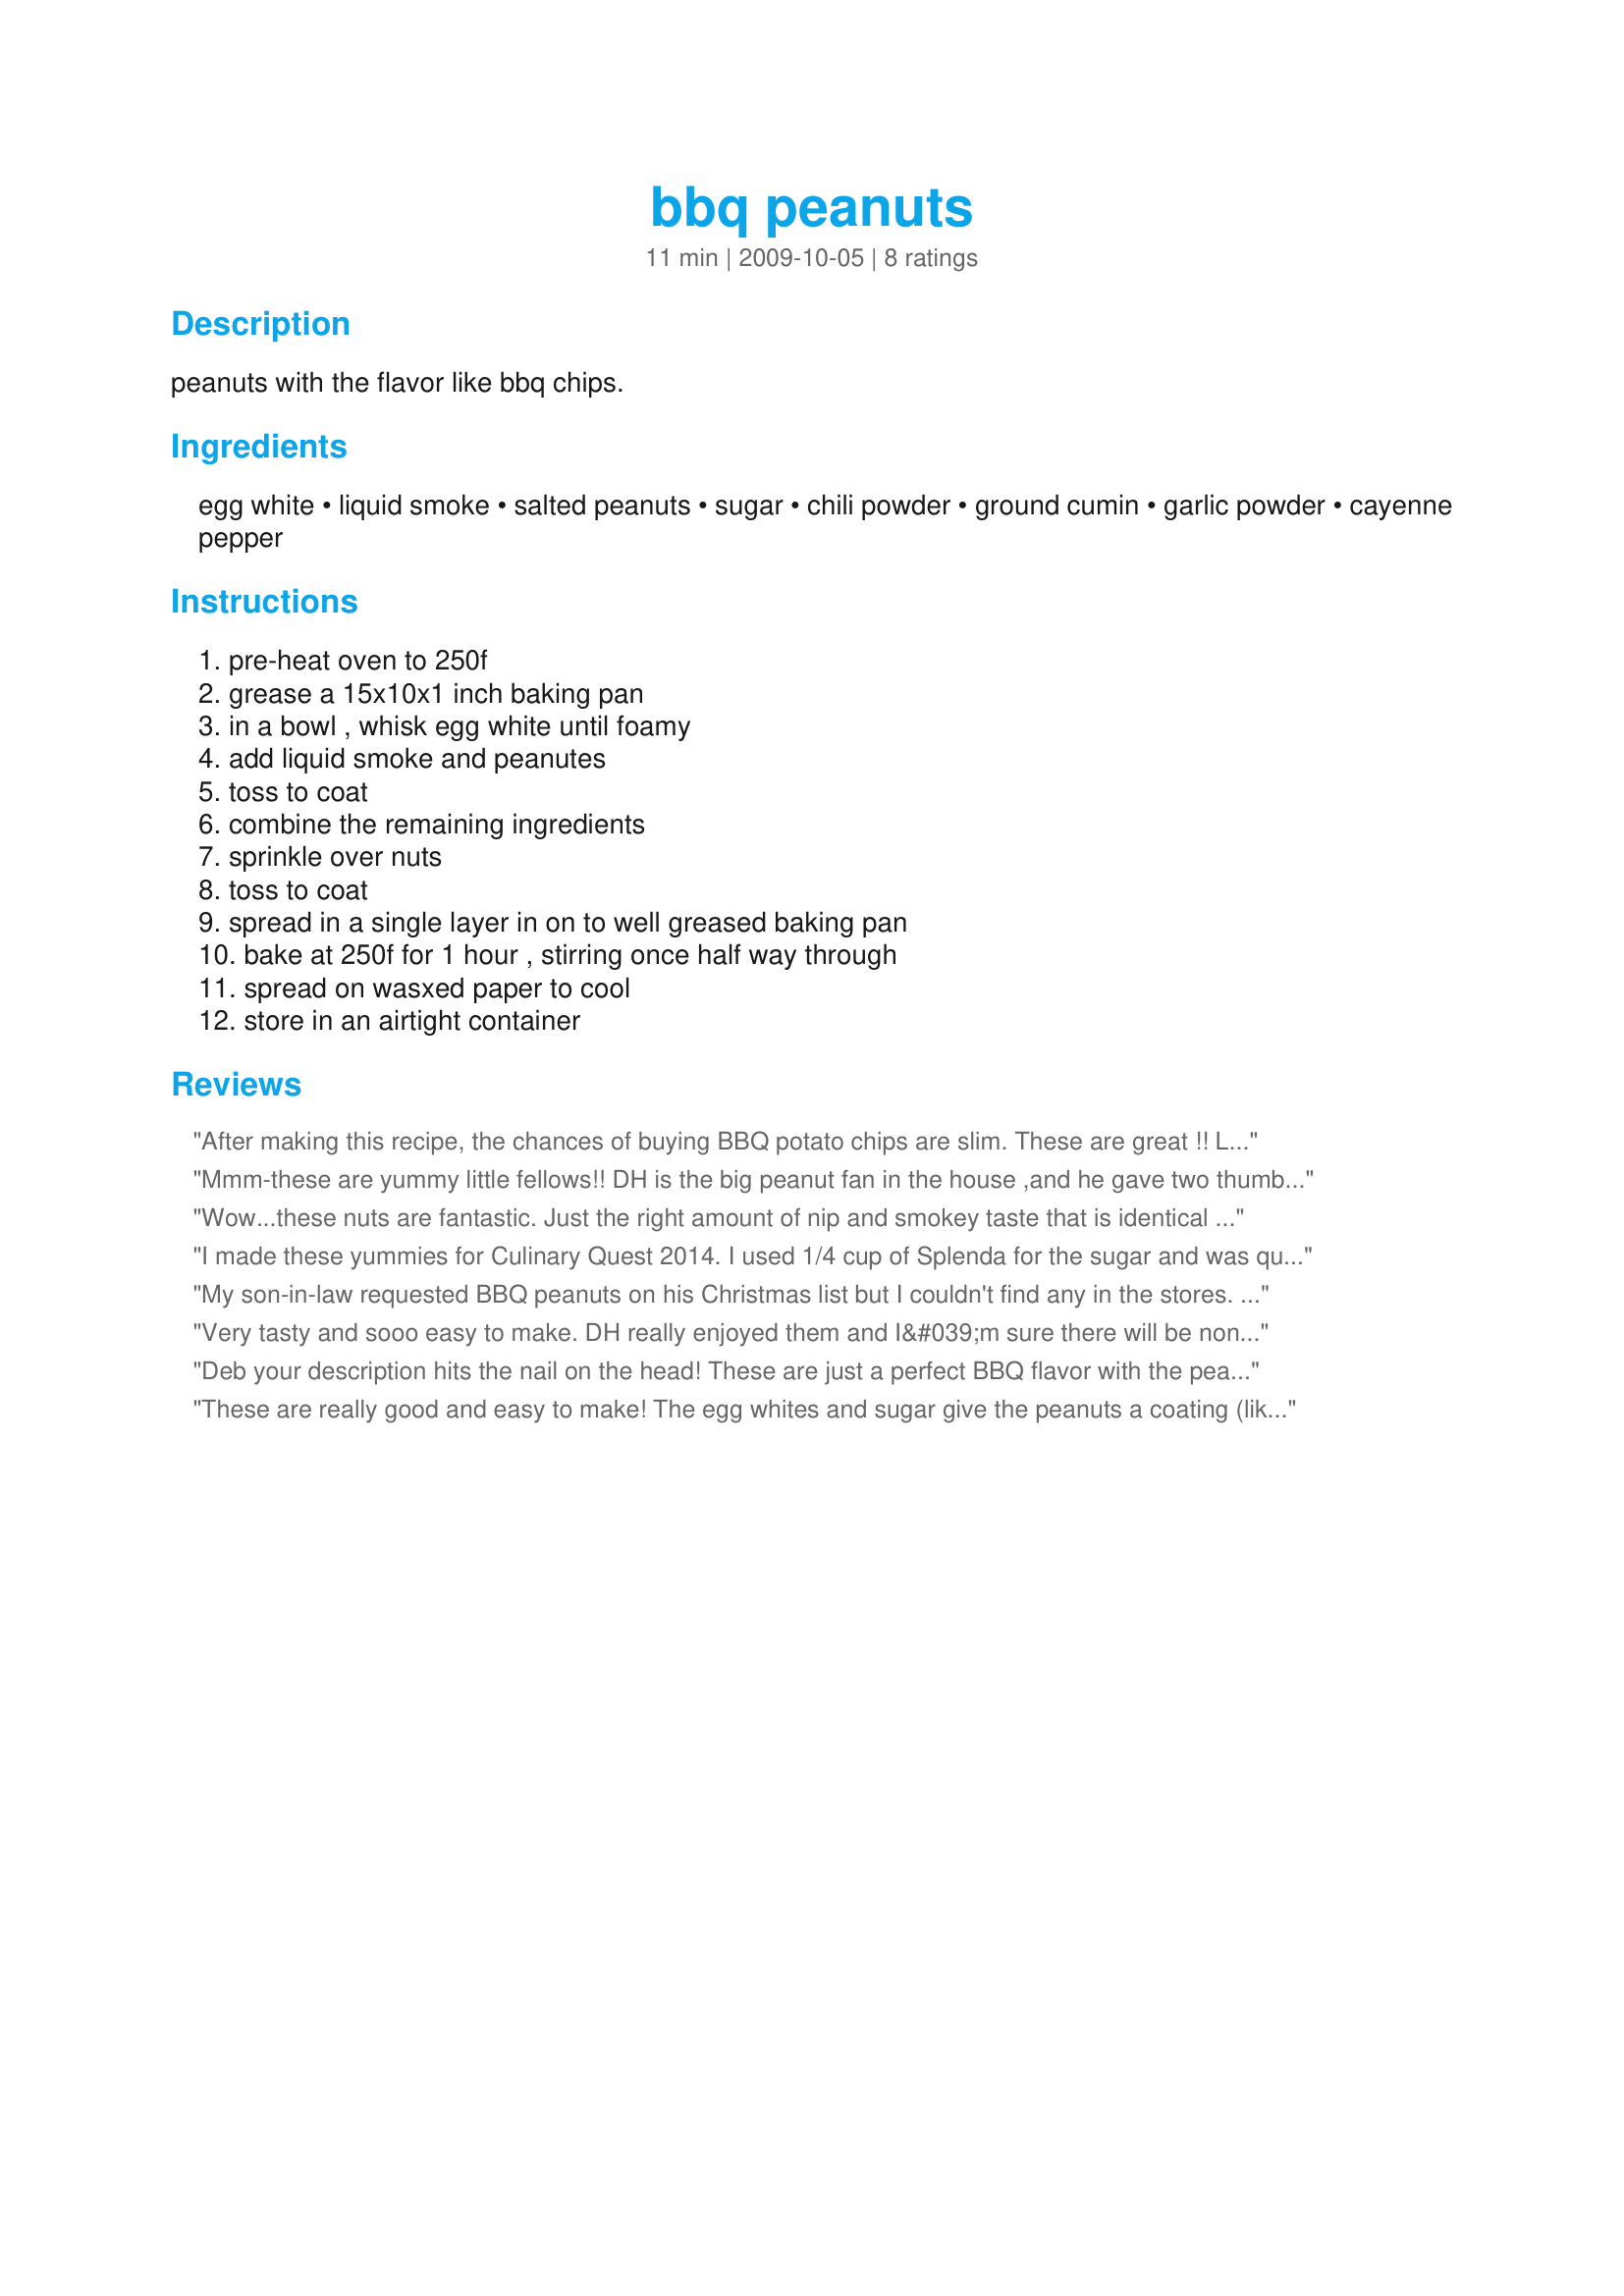
bbq peanuts
Preparation time: 11 minutes

peanuts with the flavor like bbq chips.

Ingredients:
egg white, liquid smoke, salted peanuts, sugar, chili powder, ground cumin, garlic powder, cayenne pepper

Steps:
pre-heat oven to 250f, grease a 15x10x1 inch baking pan, in a bowl , whisk egg white until foamy, add liquid smoke and peanutes, toss to coat, combine the remaining ingredients, sprinkle over nuts, toss to coat, spread in a single layer in on to well greased baking pan, bake at 250f for 1 hour , stirring once half way through, spread on wasxed paper to cool, store in an airtight container

Reviews:
After making this recipe, the chances of buying BBQ potato chips are slim. These are great !! Love the idea of this. As I am writing this its hard to stop snacking on these. Definate keeper recipe here !! Made for PRMR tag.
Mmm-these are yummy little fellows!!
DH is the big peanut fan in the house ,and he gave two thumbs up!!
Such an easy recipe with such great flavour..we loved it...thanks Debbwl!!
Wow...these nuts are fantastic. Just the right amount of nip and smokey taste that is identical to BBQ chips. A definite keeper. I should mention I doubled this recipe for bringing to a family Christmas gathering and also for gift-giving. 
Made for HolidayTag.
I made these yummies for Culinary Quest 2014. I used 1/4 cup of Splenda for the sugar and was quite happy with that sweet level. Loved the smokie spicey - salty taste. Very quick and easy to make. I think they will completely vanish while DH and I watch a movie tonight. :D
My son-in-law requested BBQ peanuts on his Christmas list but I couldn't find any in the stores. Had the bright idea to look on the "good ole 'Zaar and found these. I was pleasantly surprised at the ease and the great flavor. I think he's gonna love them!! Great recipe!!! Thanks!!
Very tasty and sooo easy to make. DH really enjoyed them and I&#039;m sure there will be none left very soon. I used &quot;lightly&quot; salted peanuts and realize that I should have used &quot;salted&quot; peanuts or should have added salt to the spice mix. Will definitely make these delicious nuts again! Made for Everyday is a Holiday tag., May, 2013.
Deb your description hits the nail on the head! These are just a perfect BBQ flavor with the peanuts. My son and hubby just loved them and have been snacking on them all during the football playoffs. Tagged during the 123Hits game.
These are really good and easy to make! The egg whites and sugar give the peanuts a coating (like honey roasted nuts) but the spices make them taste like BBQ chips. Are too easy to snack on, I had to hide the bag or DH and I would have finished them off before dinner!! Made for PRMR Tag February 2010.
